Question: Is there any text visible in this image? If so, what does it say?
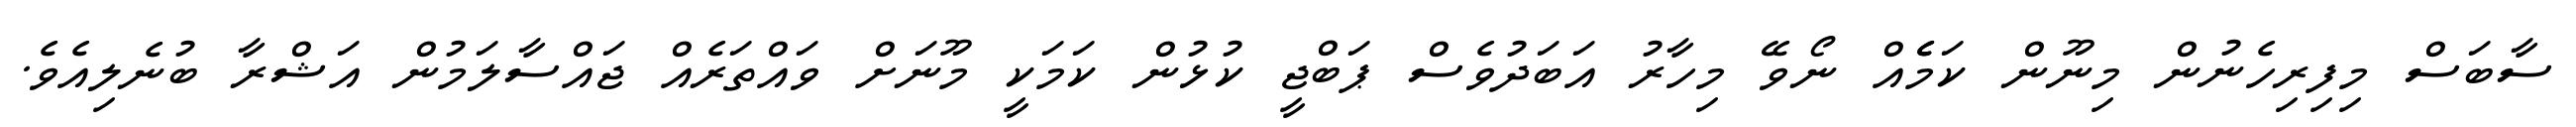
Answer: ސާބަސް މިފިރިހެނުން މިނޫން ކަމެެއް ނޯވޭ މިހާރު އަބަދުވެސް ޕަބްޖީ ކުޅުން ކަމަކީ މޫނަށް ވައްތަރެއް ޖައްސާލަމުން އަޝްރާ ބުނެލިއެވެ.